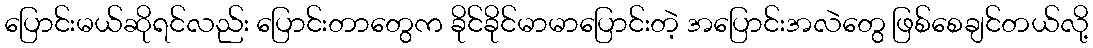
ပြောင်းမယ်ဆိုရင်လည်း ပြောင်းတာတွေက ခိုင်ခိုင်မာမာပြောင်းတဲ့ အပြောင်းအလဲတွေ ဖြစ်စေချင်တယ်လို့